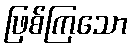
ဖြစ်ကြသော